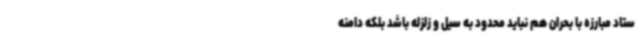
ستاد مبارزه با بحران هم نباید محدود به سیل و زلزله باشد بلکه دامنه